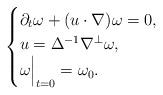
LaTeX: \begin{align*}\begin{cases}\partial_t \omega +(u\cdot \nabla) \omega=0,\\u=\Delta^{-1} \nabla^{\perp} \omega,\\\omega \Bigr|_{t=0} =\omega_0.\end{cases}\end{align*}